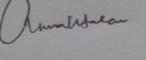
Signature authenticity: genuine